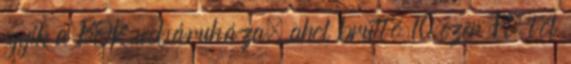
egyik a BOK webáruháza, ahol bruttó 10 ezer Ft-tól